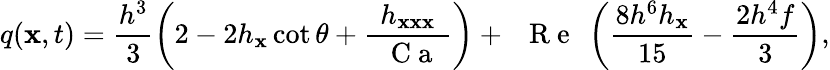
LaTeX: q(\mathbf{x},t)=\frac{{h^{3}}}{{3}}\left(2-2h_{\mathbf{x}}\cot\theta+\frac{{h_{\mathbf{x}\mathbf{x}\mathbf{x}}}}{{\mathrm{{~\textit{~}{~C~a~}~}}}}\right)+\mathrm{{~\textit{~}{~R~e~}~}}\left(\frac{{8h^{6}h_{\mathbf{x}}}}{{15}}-\frac{{2h^{4}f}}{{3}}\right),